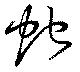
蛇